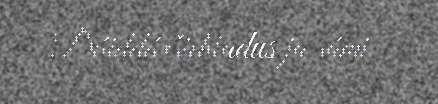
Dáiddáršiehtadus ja sámi